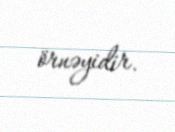
örnəyidir.